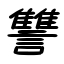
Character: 讐